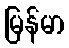
မြန်မာ